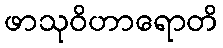
ဖာသုဝိဟာရောတိ